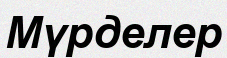
Мүрделер